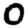
Digit: 0